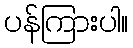
ပန်ကြားပါ။